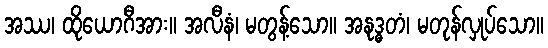
အဿ၊ ထိုယောဂီအား။ အလီနံ၊ မတွန့်သော။ အနုဒ္ဓတံ၊ မတုန်လှုပ်သော။